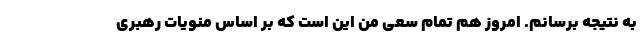
به نتیجه برسانم. امروز هم تمام سعی من این است که بر اساس منویات رهبری